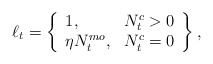
\begin{align*}\ell_{t} = \left\{\begin{array}{lr}1, & N^{c}_{t} > 0\\\eta N^{mo}_{t}, & N^{c}_{t} = 0\end{array}\right\}, \end{align*}